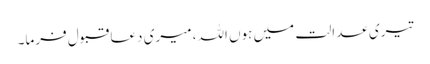
تیری عدالت میں ہوں اللہ، میری دعا قبول فرما۔